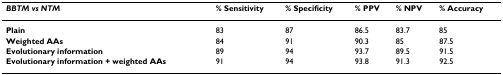
<table><thead><tr><td><b><i>BBTM vs NTM</i></b></td><td><b>% Sensitivity</b></td><td><b>% Specificity</b></td><td><b>% PPV</b></td><td><b>% NPV</b></td><td><b>% Accuracy</b></td></tr></thead><tbody><tr><td><b>Plain</b></td><td>83</td><td>87</td><td>86.5</td><td>83.7</td><td>85</td></tr><tr><td><b>Weighted AAs</b></td><td>84</td><td>91</td><td>90.3</td><td>85</td><td>87.5</td></tr><tr><td><b>Evolutionary information</b></td><td>89</td><td>94</td><td>93.7</td><td>89.5</td><td>91.5</td></tr><tr><td><b>Evolutionary information + weighted AAs</b></td><td>91</td><td>94</td><td>93.8</td><td>91.3</td><td>92.5</td></tr></tbody></table>